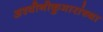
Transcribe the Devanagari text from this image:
अश्वीनीकुमारांच्या